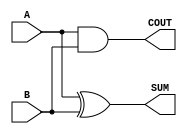
module Parameterized_Half_Adder #(
    parameter WIDTH = 1  // Default value for WIDTH is 1
)(
    input  [WIDTH-1:0] A,  // First operand
    input  [WIDTH-1:0] B,  // Second operand
    output [WIDTH-1:0] SUM, // Sum output
    output COUT            // Carry-out output
);

    // Generate the SUM and COUT outputs
    assign SUM = A ^ B;      // Bitwise XOR for sum
    assign COUT = |(A & B);  // Bitwise AND for carry-out, ORed across all bits

endmodule